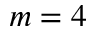
m = 4